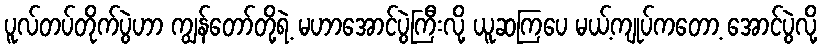
ပူလ်တပ်တိုက်ပွဲဟာ ကျွန်တော်တို့ရဲ့ မဟာအောင်ပွဲကြီးလို့ ယူဆကြပေ မယ့်ကျုပ်ကတော့ အောင်ပွဲလို့